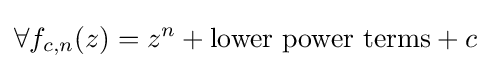
\forall f_{c,n}(z)=z^{n}+{\text{lower power terms}}+c